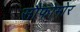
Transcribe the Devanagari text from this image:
सौफोमोर